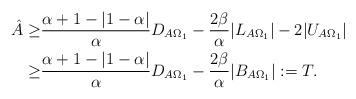
LaTeX: \begin{align*}\hat{A}\geq& \frac{\alpha+1-\vert 1-\alpha \vert}{\alpha}D_{A\Omega_1}-\frac{2\beta}{\alpha}\vert L_{A\Omega_1}\vert -2\vert U_{A\Omega_1}\vert\\\geq&\frac{\alpha+1-\vert 1-\alpha \vert}{\alpha}D_{A\Omega_1}-\frac{2\beta}{\alpha}\vert B_{A\Omega_1} \vert:= T.\end{align*}